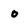
Character: 0